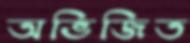
অভিজিত